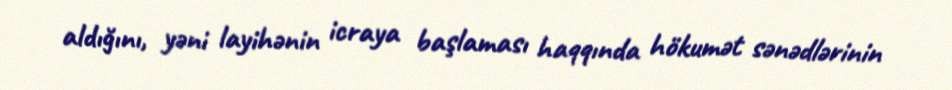
aldığını, yəni layihənin icraya başlaması haqqında hökumət sənədlərinin